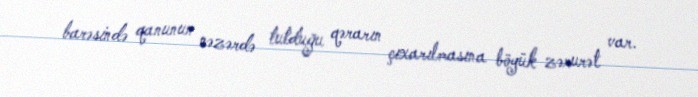
barəsində qanunun nəzərdə tutduğu qərarın çıxarılmasına böyük zərurət var.